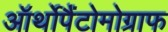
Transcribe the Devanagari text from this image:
ऑर्थोपैंटोमोग्राफ